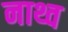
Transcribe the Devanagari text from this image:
नाथ्व